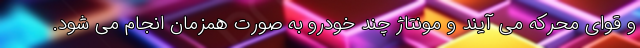
و قوای محرکه می آیند و مونتاژ چند خودرو به صورت همزمان انجام می شود.